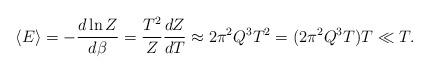
LaTeX: \begin{align*}\langle E \rangle = -{d\ln{Z}\over d\beta} = {T^2\over Z}{dZ\over dT} \approx 2\pi^2 Q^3 T^2 = (2\pi^2 Q^3 T) T \ll T. \end{align*}